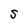
Character: S